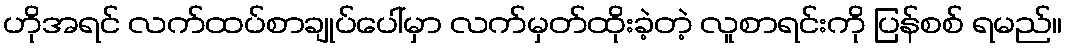
ဟိုအရင် လက်ထပ်စာချုပ်ပေါ်မှာ လက်မှတ်ထိုးခဲ့တဲ့ လူစာရင်းကို ပြန်စစ် ရမည်။